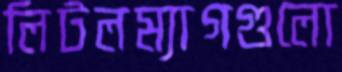
লিটলম্যাগগুলো